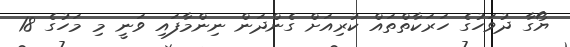
ޔޯގާ ދުވަހުގެ ހަރަކާތްތައް ކުރިއަށް ގެންދަން ނިންމާފައި ވަނީ މި މަހުގެ 18